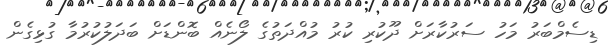
ޑިސެމްބަރު މަހު ސަރުކާރަށް ދޫކުރި ކުރު މުއްދަތުގެ ލޯނެއް ބޮންޑަށް ބަދަލުކުރުމާ ގުޅިގެން